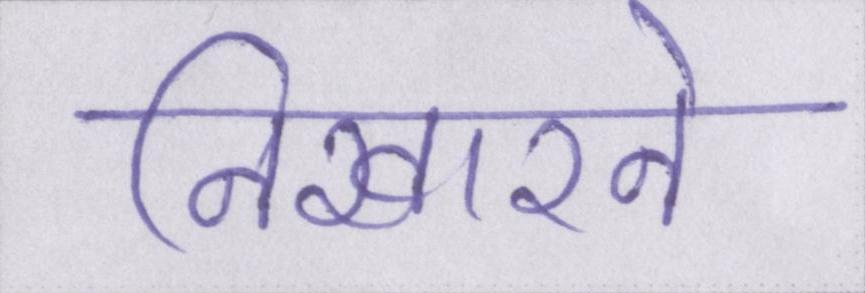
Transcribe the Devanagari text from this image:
निखारने